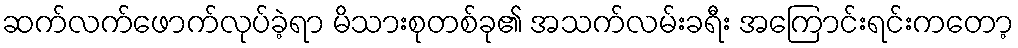
ဆက်လက်ဖောက်လုပ်ခဲ့ရာ မိသားစုတစ်ခု၏ အသက်လမ်းခရီး အကြောင်းရင်းကတော့